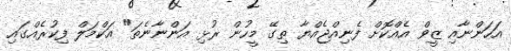
އަހަންނާއި ޒީވް އެއްކޮށް ފެނިއްޖެއްޔާ ތިގޭ މީހުން ރުޅި އަންނާނެތަ" އަކްމަލް ފިކުރެއްގައި